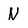
Character: N